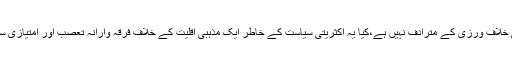
کیا یہ قدرتی انصاف کی خلاف ورزی کے مترادف نہیں ہے،کیا یہ اکثریتی سیاست کے خاطر ایک مذہبی اقلیت کے خلاف فرقہ وارانہ تعصب اور امتیازی سلوک کی جیت نہیں ہے؟